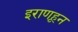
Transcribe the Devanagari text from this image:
इराणहून